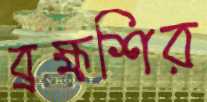
ব্রহ্মশির